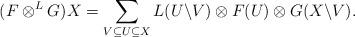
LaTeX: \begin{gather*}(F\otimes^LG)X = \sum_{V\subseteq U\subseteq X}{L(U\backslash V) \otimes F(U)\otimes G(X\backslash V)} .\end{gather*}